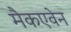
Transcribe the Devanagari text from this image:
मैकएवेन